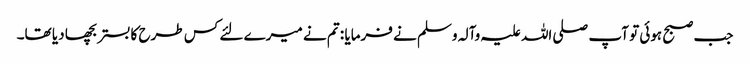
جب صبح ہوئی تو آپ صلی اللہ علیہ وآلہ وسلم نے فرمایا : تم نے میرے لئے کس طرح کا بستر بچھا دیا تھا۔